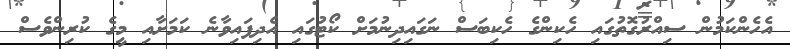
އެހެންކަމުން ސިއްރުގޮތުގައި ހެކިންގެ ހެކިބަސް ނަގައިދިނުމަށް ކޯޓުގައި އެދިފައިވާނެ ކަމަށާއި މީގެ ކުރިންވެސް